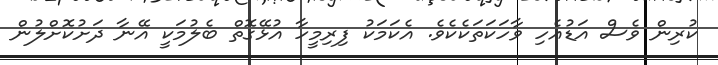
ކުރިން ވެސް އަޑުއެހި ވާހަކަތަކެކެވެ. އެކަމަކު ފިރިމީހާ އުޅޭގޮތް ބެލުމަކީ އޭނާ ދަށުކޮށްލުން